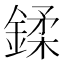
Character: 鍒